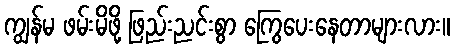
ကျွန်မ ဖမ်းမိဖို့ ဖြည်းညင်းစွာ ကြွေပေးနေတာများလား။